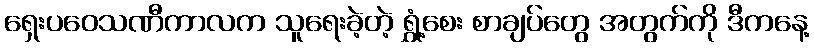
ရှေးပဝေသဏီကာလက သူရေးခဲ့တဲ့ ရွှံ့စေး စာချပ်တွေ အတွက်ကို ဒီကနေ့